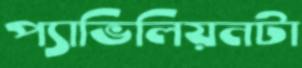
প্যাভিলিয়নটা